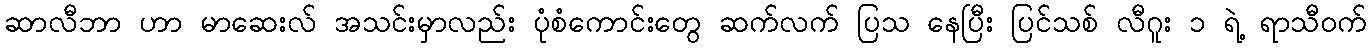
ဆာလီဘာ ဟာ မာဆေးလ် အသင်းမှာလည်း ပုံစံကောင်းတွေ ဆက်လက် ပြသ နေပြီး ပြင်သစ် လီဂူး ၁ ရဲ့ ရာသီဝက်